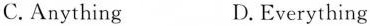
C.Anything D.Everything